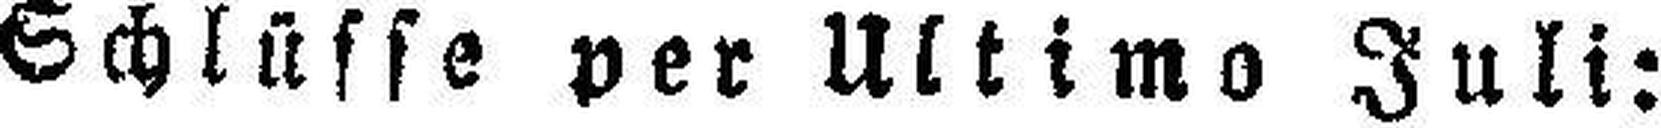
Schlüsse per Ultimo Juli: